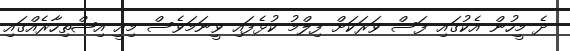
ދެ މީހުން އެކުގައި ފަސް ވަރަކަށް ފިލްމު ކުޅެފައި ވީނަމަވެސް މިއީ އިޝްތިހާރެއްގައި